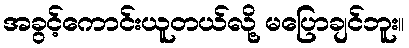
အခွင့်ကောင်းယူတယ်လို့ မပြောချင်ဘူး။